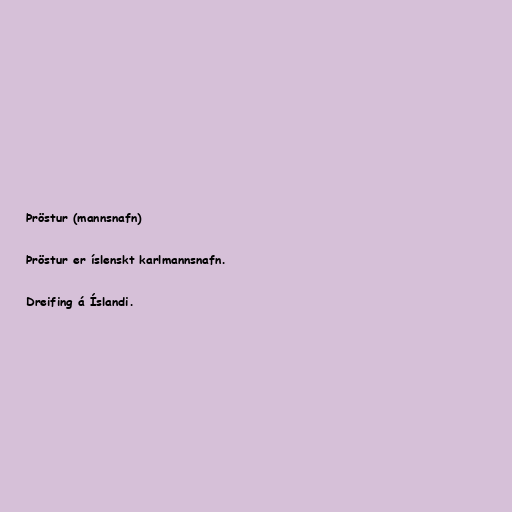
Þröstur (mannsnafn)

Þröstur er íslenskt karlmannsnafn.

Dreifing á Íslandi.